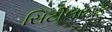
સિટીલાઇફ